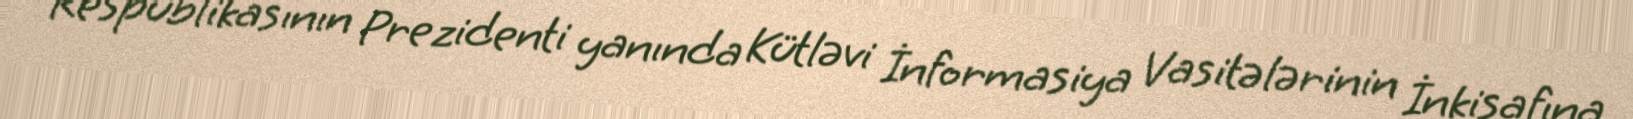
Respublikasının Prezidenti yanında Kütləvi İnformasiya Vasitələrinin İnkişafına